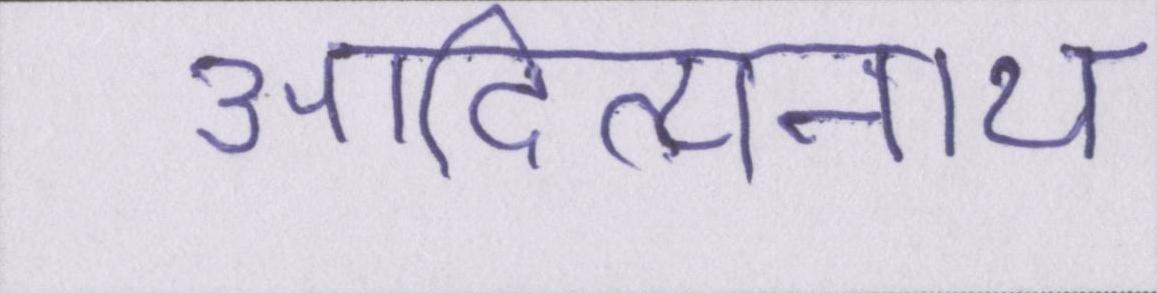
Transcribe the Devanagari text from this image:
आदित्यनाथ